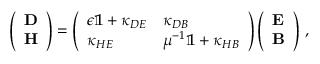
\left( \begin{array} { l } { \mathbf { D } } \\ { \mathbf { H } } \end{array} \right) = \left( \begin{array} { l l } { \epsilon \mathbb { 1 } + \kappa _ { D E } } & { \kappa _ { D B } } \\ { \kappa _ { H E } } & { { \mu } ^ { - 1 } \mathbb { 1 } + \kappa _ { H B } } \end{array} \right) \left( \begin{array} { l } { \mathbf { E } } \\ { \mathbf { B } } \end{array} \right) \, ,